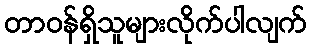
တာဝန်ရှိသူများလိုက်ပါလျက်